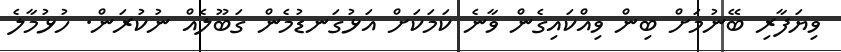
ވިޔަފާރި ބޭނުމަށް ބިން ވިއްކައިގެން ވާނެ ކަމަކަށް އަޅުގަނޑުމެން ގަބޫލެއް ނުކުރަން. ހުޅުމާލެ